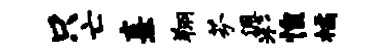
只亡熹翔芬佩彩惶橘